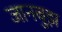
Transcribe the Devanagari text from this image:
जानबुझ